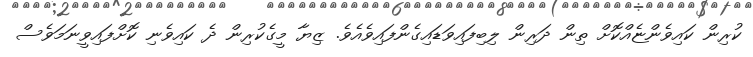
ކުރިން ކައިވެންޏެއްކޮށް ތިން ދަރިން ލިބިފައިވަޑައިގެންފައިވެއެވެ. ޒިޔާ މީގެކުރިން ދެ ކައިވެނި ކޮށްފައިވީނަމަވެސް